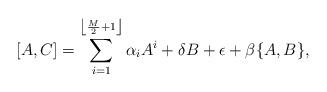
LaTeX: \begin{align*} [A,C]=\sum_{i=1}^{\left\lfloor\frac{M}{2}+1\right\rfloor}\alpha_{i}A^{i}+\delta B+\epsilon + \beta \{A,B\}, \end{align*}